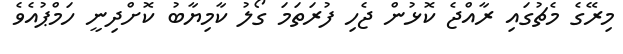
މިރޭގެ މެޗުގައި ރާއްޖެ ކޮޅުން ޖެހި ފުރަތަމަ ގޯލު ކާމިޔާބު ކޮށްދިނީ ހަމްޕުއެވެ